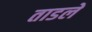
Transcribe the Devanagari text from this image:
ताडले